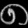
Digit: ၈